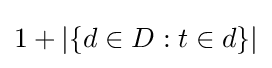
1+|\{d\in D:t\in d\}|